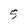
Character: 5